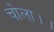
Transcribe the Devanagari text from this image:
चोला।।